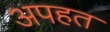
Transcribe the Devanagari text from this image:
अपहत